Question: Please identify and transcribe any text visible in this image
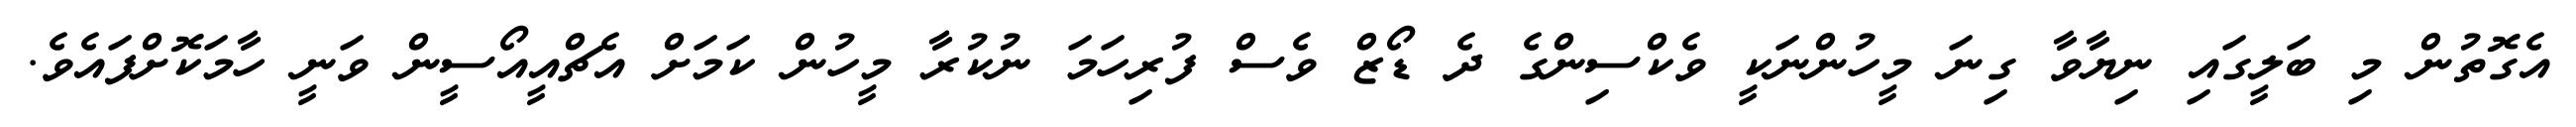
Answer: އެގޮތުން މި ބަލީގައި ނިޔާވާ ގިނަ މީހުންނަކީ ވެކްސިންގެ ދެ ޑޯޒް ވެސް ފުރިހަމަ ނުކުރާ މީހުން ކަމަށް އެޗްއީއޯސީން ވަނީ ހާމަކޮށްފައެވެ.